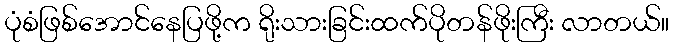
ပုံစံဖြစ်အောင်နေပြဖို့က ရိုးသားခြင်းထက်ပိုတန်ဖိုးကြီး လာတယ်။